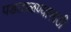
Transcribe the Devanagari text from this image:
पडताळण्यासाठी